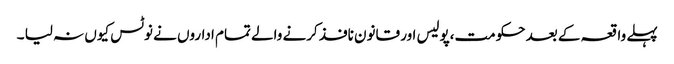
پہلے واقعہ کے بعد حکومت،پولیس اور قانون نافذ کرنے والے تمام اداروں نے نوٹس کیوں نہ لیا ۔